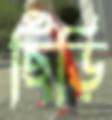
ছিঁড়ি